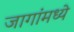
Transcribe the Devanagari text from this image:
जागांमध्ये